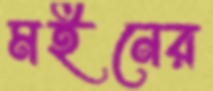
মইনের